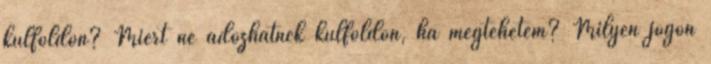
külföldön? Miért ne adózhatnék külföldön, ha megtehetem? Milyen jogon